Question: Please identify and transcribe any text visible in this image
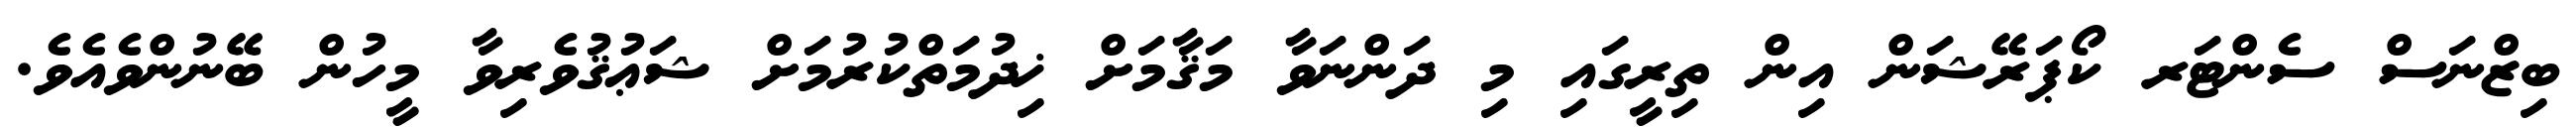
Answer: ބިޒްނަސް ސެންޓަރ ކޯޕަރޭޝަން އިން ތިރީގައި މި ދަންނަވާ މަޤާމަށް ޚިދުމަތްކުރުމަށް ޝަޢުޤުވެރިވާ މީހުން ބޭނުންވެއެވެ.